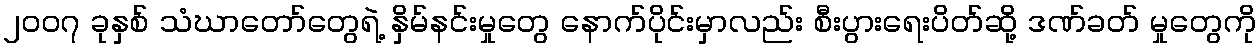
၂၀၀၇ ခုနှစ် သံဃာတော်တွေရဲ့ နှိမ်နင်းမှုတွေ နောက်ပိုင်းမှာလည်း စီးပွားရေးပိတ်ဆို့ ဒဏ်ခတ် မှုတွေကို